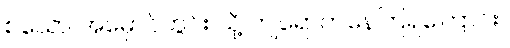
စသော အမှောင်တွင်း သို့ ကျရောက်နေကြရကြောင်း။